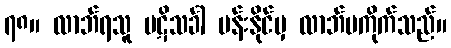
၇၈။ လာဘ်ရသူ ပဋိသင်္ခါ မန်းနိုင်မှ လာဘ်မကိုက်သည်။